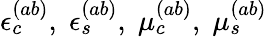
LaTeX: \epsilon_{c}^{(ab)},\; \epsilon_{s}^{(ab)},\; \mu_{c}^{(ab)},\; \mu_{s}^{(ab)}